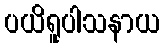
ပယိရူပါသနာယ